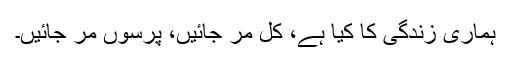
ہماری زندگی کا کیا ہے، کل مر جائیں، پرسوں مر جائیں۔